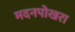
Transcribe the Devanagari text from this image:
मदनपोखरा